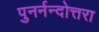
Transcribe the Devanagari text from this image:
पुनर्नन्दोत्तरा